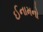
ઈનામનો